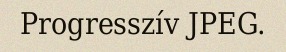
Progresszív JPEG.